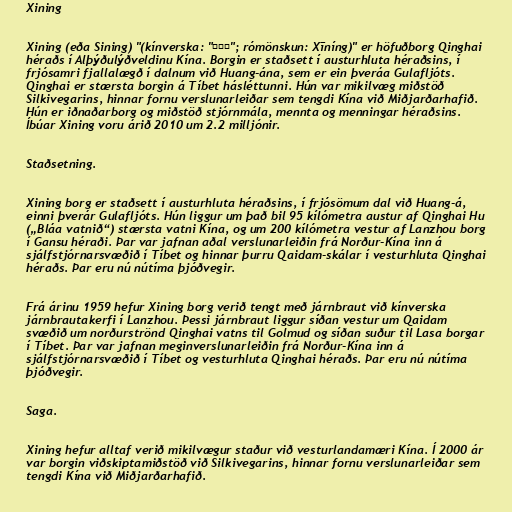
Xining

Xining (eða Sining) "(kínverska: "西宁市"; rómönskun: Xīníng)" er höfuðborg Qinghai
héraðs í Alþýðulýðveldinu Kína. Borgin er staðsett í austurhluta héraðsins, í
frjósamri fjallalægð í dalnum við Huang-ána, sem er ein þveráa Gulafljóts.
Qinghai er stærsta borgin á Tíbet hásléttunni. Hún var mikilvæg miðstöð
Silkivegarins, hinnar fornu verslunarleiðar sem tengdi Kína við Miðjarðarhafið.
Hún er iðnaðarborg og miðstöð stjórnmála, mennta og menningar héraðsins.
Íbúar Xining voru árið 2010 um 2.2 milljónir.

Staðsetning.

Xining borg er staðsett í austurhluta héraðsins, í frjósömum dal við Huang-á,
einni þverár Gulafljóts. Hún liggur um það bil 95 kílómetra austur af Qinghai Hu
(„Bláa vatnið“) stærsta vatni Kína, og um 200 kílómetra vestur af Lanzhou borg
í Gansu héraði. Þar var jafnan aðal verslunarleiðin frá Norður-Kína inn á
sjálfstjórnarsvæðið í Tíbet og hinnar þurru Qaidam-skálar í vesturhluta Qinghai
héraðs. Þar eru nú nútíma þjóðvegir.

Frá árinu 1959 hefur Xining borg verið tengt með járnbraut við kínverska
járnbrautakerfi í Lanzhou. Þessi járnbraut liggur síðan vestur um Qaidam
svæðið um norðurströnd Qinghai vatns til Golmud og síðan suður til Lasa borgar
í Tíbet. Þar var jafnan meginverslunarleiðin frá Norður-Kína inn á
sjálfstjórnarsvæðið í Tíbet og vesturhluta Qinghai héraðs. Þar eru nú nútíma
þjóðvegir.

Saga.

Xining hefur alltaf verið mikilvægur staður við vesturlandamæri Kína. Í 2000 ár
var borgin viðskiptamiðstöð við Silkivegarins, hinnar fornu verslunarleiðar sem
tengdi Kína við Miðjarðarhafið.